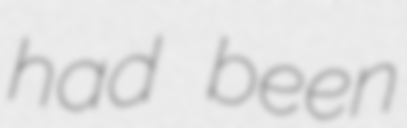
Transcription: had been